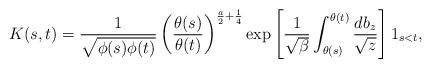
LaTeX: \begin{align*}K(s,t) = \frac{1}{\sqrt{ \phi(s) \phi(t)}} \left( \frac{\theta(s)}{\theta(t)} \right)^{\frac{a}{2} + \frac{1}{4}} \exp \left[ \frac{1}{\sqrt{\beta}} \int_{\theta(s)}^{\theta(t)} \frac{db_z}{\sqrt{z}} \right] \mathrm{1}_{s < t},\end{align*}